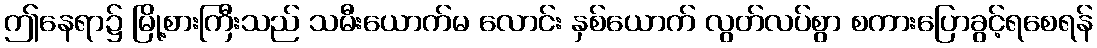
ဤနေရာ၌ မြို့စားကြီးသည် သမီးယောက်မ လောင်း နှစ်ယောက် လွတ်လပ်စွာ စကားပြောခွင့်ရစေရန်